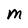
Character: M